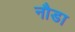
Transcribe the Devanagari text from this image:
नौडा